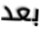
بعد